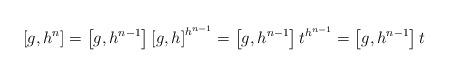
LaTeX: \begin{align*} \left[g,h^n\right] = \left[g,h^{n-1}\right] \left[g,h\right]^{h^{n-1}} = \left[g,h^{n-1}\right] t ^{h^{n-1}} = \left[g,h^{n-1}\right] t\end{align*}